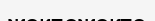
жекпежекте